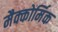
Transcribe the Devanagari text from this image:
मैक्कोर्मिक